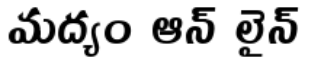
మద్యం ఆన్ లైన్